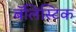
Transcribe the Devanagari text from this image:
बॅलिस्टिक